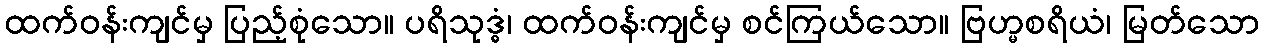
ထက်ဝန်းကျင်မှ ပြည့်စုံသော။ ပရိသုဒ္ဓံ၊ ထက်ဝန်းကျင်မှ စင်ကြယ်သော။ ဗြဟ္မစရိယံ၊ မြတ်သော